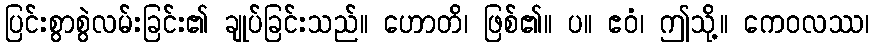
ပြင်းစွာစွဲလမ်းခြင်း၏ ချုပ်ခြင်းသည်။ ဟောတိ၊ ဖြစ်၏။ ပ။ ဧဝံ၊ ဤသို့။ ကေဝလဿ၊